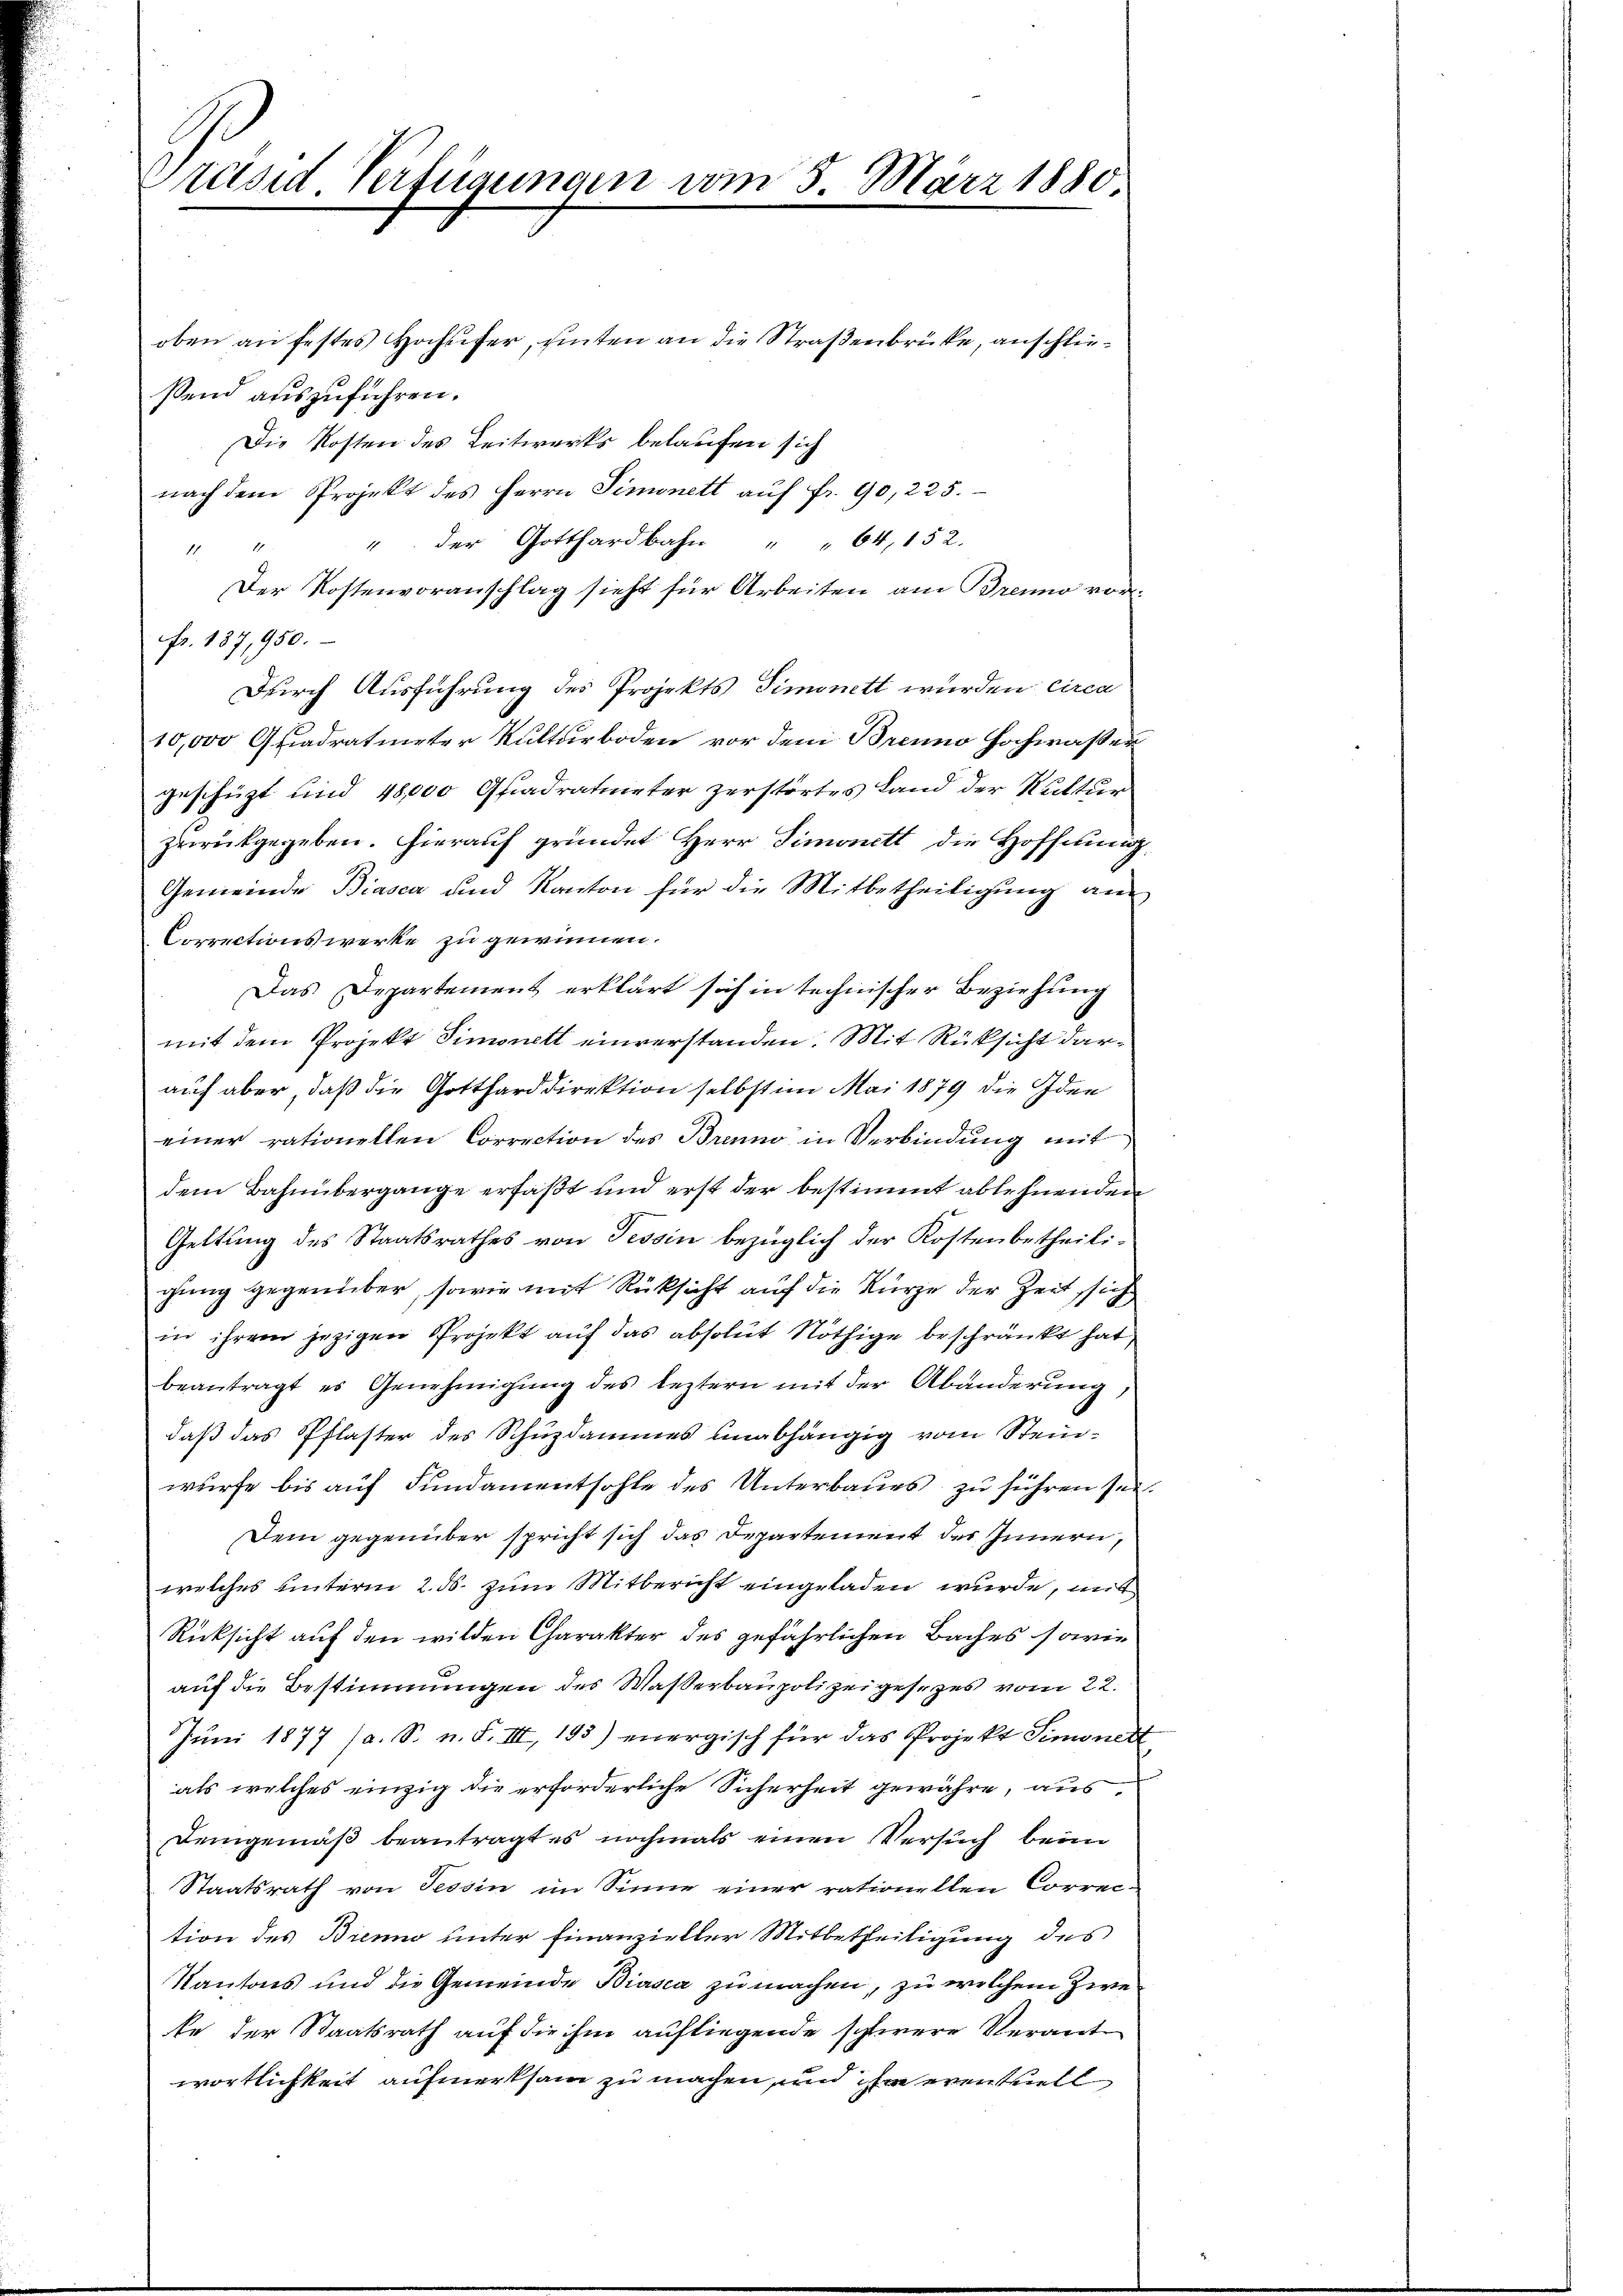
Präsid Verfügungen am 3. März 1880

oben an festes Hochufer, hinten an die Straßenbrücke, anschließend auszuführen.
Die Kosten des Leitwerks belaufen sich
nach dem Projekt des Herrn Simonett aŭf fr. 90, 225.
" der Gotthardbahn " " 64, 152.
.
Der Kostenvoranschlag sieht für Arbeiten am Brenno vor¬
Fr. 137,950.
Durch Ausführung des Projekts Simonett wurden circa
10,000 Quadratmeter Kulturboden vor dem Brenno Hochwasser
geschüzt und 48,000 Gfiadratmeter zerstörtes Land der Kultur
zurückgegeben. Hierauf gründet Herr Simonett die Hoffnung
Gemeinde Biasca und Kanton für die Mitbetheiligung an
Correctionswerke zu gewinnen.
Das Departement erklärt sich in technischer Beziehung
mit dem Projekt Simonett einverstanden. Mit Rücksicht darauf aber, daß die Gottharddirektion selbst im Mai 1879 die Idee
einer rationellen Correction des Brenno in Verbindung mit
dem Bahnübergange erfaßt und erst der bestimmt ablehnenden
Geltung des Staatsrathes von Tessin bezüglich der Kostenbetheili-
gung gegenüber, sowie mit Rücksicht auf die Kurze der Zeit sich
in ihrem jezigen Projekt auf das absolut Nöthige beschränkt hat
beantragt es Genehmigung des leztern mit der Abänderung,
daß das Pflaster des Schüzdammes unabhängig vom Steinwurfe bis auf Fundamentsohle des Unterbaues zu führen sei.
Dem gegenüber spricht sich das Departement der Innern,
welches unterm 2. ds. zum Mitbericht eingeladen wurde, mit
Rücksicht auf den wilden Charakter des gefährlichen Baches sowie
auf die Bestimmungen des Waßerbaupolizeigesezes vom 22.
Jŭni 1877 (a. S. n. F. III, 195) energisch für das Projekt Simonett
als welches einzig die erforderliche Sicherheit gewähre, aus
Demgemäß beantragt es nochmals einen Versuch beim
Staatsrath von Tessin im Sinne einer rationellen Correc-
tion des Brennio unter Finanzieller Mitbetheiligung des
Kantons und die Gemeinde Biasca zu machen, zu welchem Zwete der Staatsrath auf die ihm aufliegende schwere Verantwortlichkeit aufmerksam zu machen, und ihm eventuell